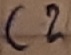
Text: C2